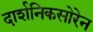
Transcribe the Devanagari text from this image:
दार्शनिकसोरेन